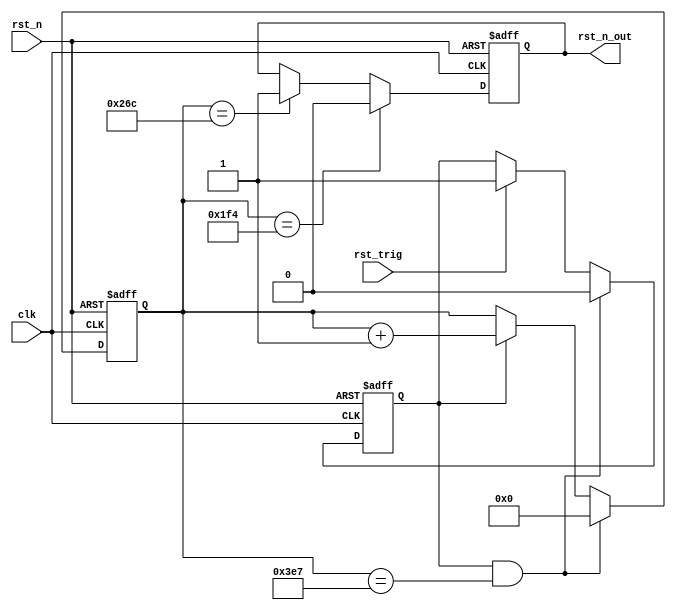
`timescale 1ns / 1ps
//////////////////////////////////////////////////////////////////////////////////
// Company: 
// Engineer: 
// 
// Design Name: 
// Module Name: rst_gen_1
// Project Name: 
// Target Devices: 
// Tool Versions: 
// Description: 
// 
// Dependencies: 
// 
// Revision:
// Revision 0.01 - File Created
// Additional Comments:
// 
//////////////////////////////////////////////////////////////////////////////////


module rst_gen_1(

    input   clk,
 input   rst_n,
 input   rst_trig,
 output  rst_n_out
);

 parameter  reset_time=32'd1000;
  reg [31:0] cnt=32'd0;
  reg   cnt_en=1'b0;
  reg   reg_rst_n_out=1'b1;
assign  rst_n_out=reg_rst_n_out;
always@(posedge clk or negedge rst_n)
 if(!rst_n)
 begin
 cnt<=32'd0;
 end
else if(cnt_en&&(cnt==reset_time-1))
 cnt<=32'd0;
else if(cnt_en)
 cnt<=cnt+1'b1;
 
 always@(posedge clk or negedge rst_n)
 if(!rst_n)
 begin
 cnt_en<=1'd0;
 end
else if(cnt_en&&(cnt==reset_time-1))
 cnt_en<=1'd0;
else if(rst_trig)
 cnt_en<=1'd1;
 
  always@(posedge clk or negedge rst_n)
 if(!rst_n)
 reg_rst_n_out<=1'b1;
 else if(cnt==32'd500)
 reg_rst_n_out<=1'b0;
 else if(cnt==32'd620)
 reg_rst_n_out<=1'b1;
 
 endmodule